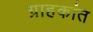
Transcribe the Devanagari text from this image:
ग्राहकांत